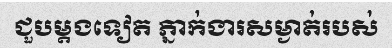
ជួបម្តងទៀត ភ្នាក់ងារសម្ងាត់របស់